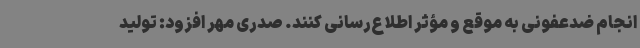
انجام ضدعفونی به موقع و مؤثر اطلاع‌رسانی کنند. صدری مهر افزود: تولید